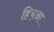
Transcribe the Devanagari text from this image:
हिच्आ